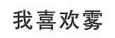
我喜欢雾